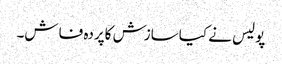
پولیس نے کیاسازش کاپردہ فاش۔